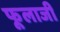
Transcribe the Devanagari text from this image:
फूलाजी